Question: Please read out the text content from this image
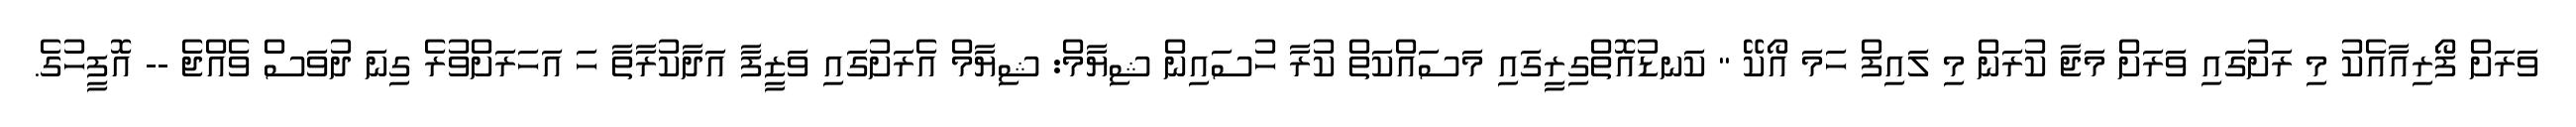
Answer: ވަރަށް ފޯރިއާއެކު މި ރަށުގައި ވަރަށް މަޖާ ކުރަން މި ލައިފް ހަމަ އޯކޭ " ކަނޑުއޮތްގިރީގައި މަސައްކަތް ކުރާ ހުސައިން ޝިޔާމް: ޝިޔާމް އެރަށުގައި ވަޒީފާ އަދާކުރާތާ ހަ އަހަރަށްވުރެ ގިނަ ދުވަސް ވެއްޖެ -- އޮފީހުގެ.